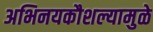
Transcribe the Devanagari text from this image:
अभिनयकौशल्यामुळे